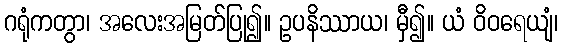
ဂရုံကတွာ၊ အလေးအမြတ်ပြု၍။ ဥပနိဿာယ၊ မှီ၍။ ယံ ဝိဝရေယျံ၊